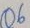
Text: Q6